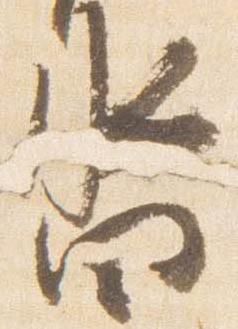
沓